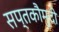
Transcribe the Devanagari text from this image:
सप्तकौमुदी